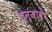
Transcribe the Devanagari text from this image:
तन्जावर